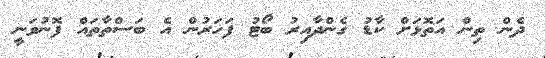
ދެން ތިން އަތޮޅަށް ކާޑު ގެންދާއިރު ބޯޓު ފަހަރުން އެ ބަސްތާތައް ފޮނުވަނީ